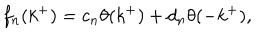
f _ { n } ( k ^ { + } ) = c _ { n } \theta ( k ^ { + } ) + d _ { n } \theta ( - k ^ { + } ) ,